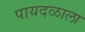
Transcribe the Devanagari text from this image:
पायदळाला